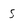
Character: S